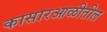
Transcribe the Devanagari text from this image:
कासारआळीतील